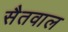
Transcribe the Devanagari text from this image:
सैतवाल